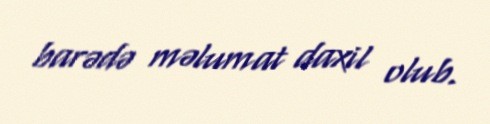
barədə məlumat daxil olub.